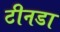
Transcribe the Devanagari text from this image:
टीनडा